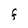
Character: F